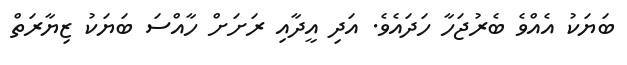
ބަޔަކު އެއްވެ ބެރުޖަހާ ހަދައެވެ. އަދި އީދާއި ރަށަށް ހާއްސަ ބަޔަކު ޒިޔާރަތް